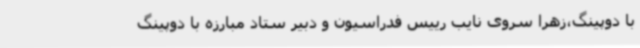
با دوپینگ،زهرا سروی نایب رییس فدراسیون و دبیر ستاد مبارزه با دوپینگ